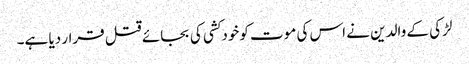
لڑکی کے والدین نے اس کی موت کوخودکشی کی بجائے قتل قرار دیا ہے۔